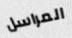
المراسل